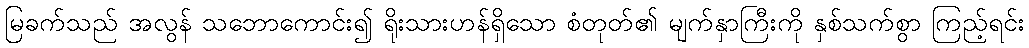
မြခက်သည် အလွန် သဘောကောင်း၍ ရိုးသားဟန်ရှိသော စံတုတ်၏ မျက်နှာကြီးကို နှစ်သက်စွာ ကြည့်ရင်း